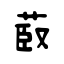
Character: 菣